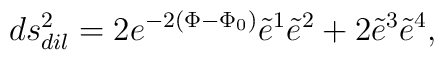
ds^2_{dil}=2e^{-2(\Phi - {\Phi}_0)} {\tilde e}^1{\tilde e}^2 +2{\tilde e}^3 {\tilde e}^4,